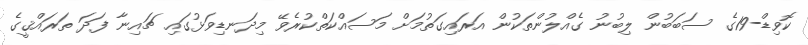
ކޮވިޑް-19ގެ ސަބަބުން ލިބުނު ގެއްލުންތަކުން އަރައިގަތުމަށް މަސައްކަތްކުރެވޭ މިދަނޑިވަޅުގައި ޗައިނާ ފަދަ ތަރައްޤީގެ